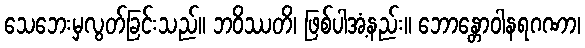
သေဘေးမှလွတ်ခြင်းသည်။ ဘဝိဿတိ၊ ဖြစ်ပါအံ့နည်း။ ဘောန္တောဝါနရဂဏာ၊